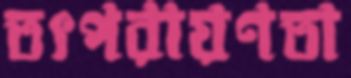
তৎপরায়ণতা